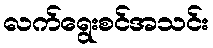
လက်ရွေးစင်အသင်း